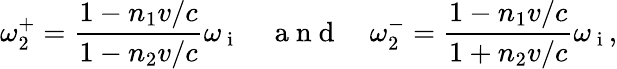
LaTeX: \omega_{2}^{+}=\frac{1-n_{1}v/c}{1-n_{2}v/c}\omega_{\mathrm{~i~}}\quad\mathrm{~a~n~d~}\quad\omega_{2}^{-}=\frac{1-n_{1}v/c}{1+n_{2}v/c}\omega_{\mathrm{~i~}},